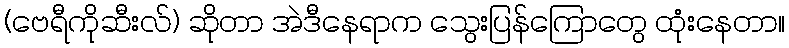
(ဗေရီကိုဆီးလ်) ဆိုတာ အဲဒီနေရာက သွေးပြန်ကြောတွေ ထုံးနေတာ။